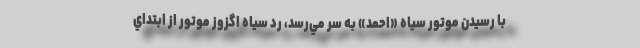
با رسيدن موتور سياه «احمد» به سر مي‌رسد، رد سياه اگزوز موتور از ابتداي